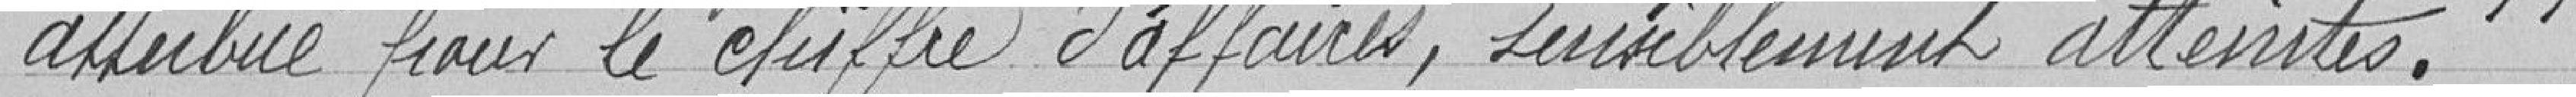
attribué pour le chiffre d'affaires, sensiblement atteintes.